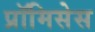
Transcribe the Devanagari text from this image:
प्रॉमिसेस